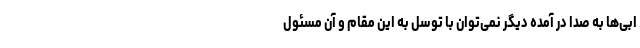
ابی‌ها به صدا در آمده دیگر نمی‌توان با توسل به این مقام و آن مسئول